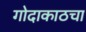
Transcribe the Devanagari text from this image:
गोदाकाठचा